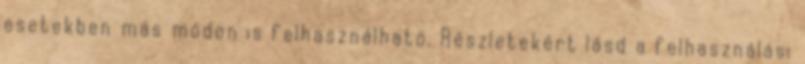
esetekben más módon is felhasználható. Részletekért lásd a felhasználási